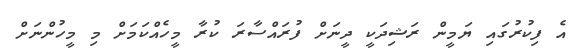
އެ ފިކުރުގައި ޔަމީން ރަޝިދަކީ ދީނަށް ފުރައްސާރަ ކުރާ މީހެއްކަމަށް މި މީހުންނަށް